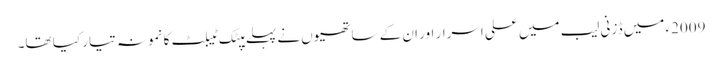
2009ء میں ڈزنی لیب میں علی اسرار اور ان کے ساتھیوں نے پہلے ہپٹک ٹیبلٹ کا نمونہ تیار کیا تھا۔